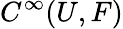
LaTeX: C^{\infty}(U,F)